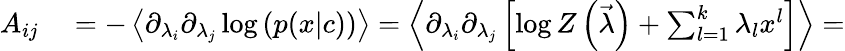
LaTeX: \begin{array}{rl}{A_{ij}}&{{}=-\left\langle\partial_{\lambda_{i}}\partial_{\lambda_{j}}\log\left(p(x|c)\right)\right\rangle=\left\langle\partial_{\lambda_{i}}\partial_{\lambda_{j}}\left[\log Z\left(\vec{\lambda}\right)+\sum_{l=1}^{k}\lambda_{l}x^{l}\right]\right\rangle=}\end{array}